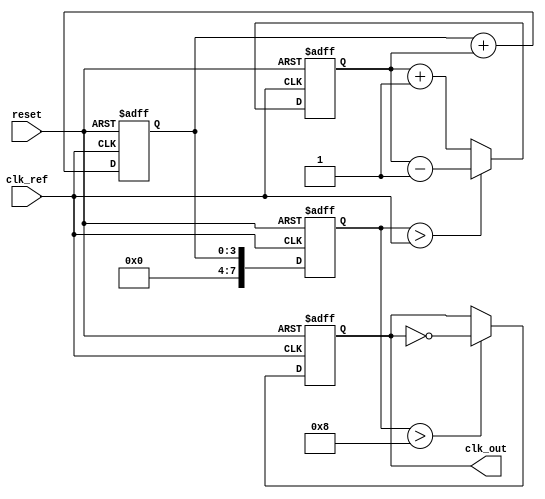
module PLL (
    input wire clk_ref,           // Reference clock input
    input wire reset,             // Asynchronous reset
    output reg clk_out            // Phase-locked output clock
);

// Parameters
parameter N = 8;                 // VCO frequency multiplier
parameter LOCK_TIME = 100;       // Time to achieve lock (in clock cycles)

// Internal signals
reg [N-1:0] vco_freq;            // VCO frequency
reg [3:0] phase_error;           // Phase error signal
reg [3:0] control_voltage;        // Control voltage for VCO
reg [7:0] lock_counter;           // Counter for lock time
reg locked;                       // Lock status

// Phase Detector (PD)
always @(posedge clk_ref or posedge reset) begin
    if (reset) begin
        phase_error <= 4'b0;
    end else begin
        // Simplified phase detection logic
        // Here we just simulate a phase error for demonstration
        phase_error <= (vco_freq > clk_ref) ? phase_error - 1 : phase_error + 1;
    end
end

// Loop Filter (LF)
always @(posedge clk_ref or posedge reset) begin
    if (reset) begin
        control_voltage <= 4'b0;
    end else begin
        // Simple proportional filter for demonstration
        control_voltage <= control_voltage + phase_error;
    end
end

// Voltage-Controlled Oscillator (VCO)
always @(posedge clk_ref or posedge reset) begin
    if (reset) begin
        vco_freq <= 0;
        clk_out <= 0;
    end else begin
        // VCO frequency control based on control voltage
        vco_freq <= control_voltage; // Adjust frequency based on control voltage
        clk_out <= (vco_freq > N) ? ~clk_out : clk_out; // Simple frequency toggle
    end
end

// Feedback mechanism and lock detection
always @(posedge clk_ref or posedge reset) begin
    if (reset) begin
        lock_counter <= 0;
        locked <= 0;
    end else begin
        if (phase_error == 0) begin
            lock_counter <= lock_counter + 1;
            if (lock_counter >= LOCK_TIME) begin
                locked <= 1; // PLL is locked
            end
        end else begin
            lock_counter <= 0; // Reset lock counter if phase error exists
            locked <= 0;
        end
    end
end

endmodule